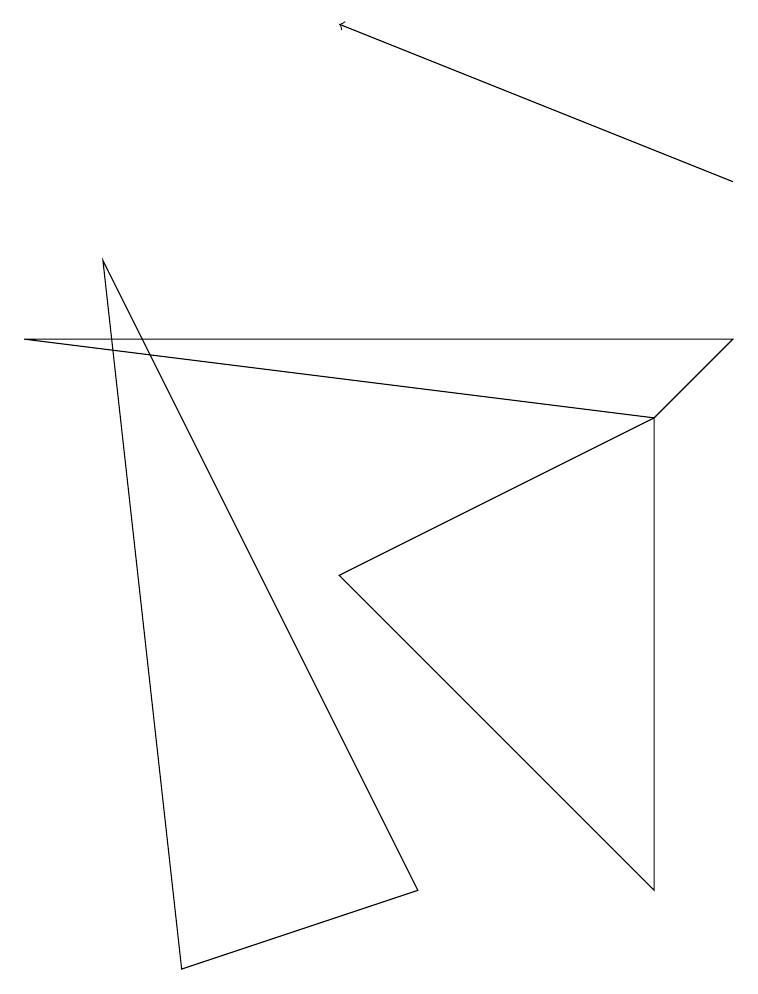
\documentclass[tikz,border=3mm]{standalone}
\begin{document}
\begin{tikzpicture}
\draw (0,8) -- (9,8) -- (8,7) -- cycle;
\draw[->] (9,10) -- (4,12);
\draw (5,1) -- (1,9) -- (2,0) -- cycle;
\draw (8,7) -- (4,5) -- (8,1) -- cycle;
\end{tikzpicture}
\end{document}